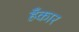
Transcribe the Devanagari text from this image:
हँकार